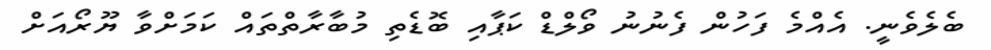
ބެލެވެނީ. އެއްމެ ފަހުން ފެނުނު ވޯލްޑް ކަޕާއި ބޮޑެތި މުބާރާތްތައް ކަމަށްވާ ޔޫރޯއަށް